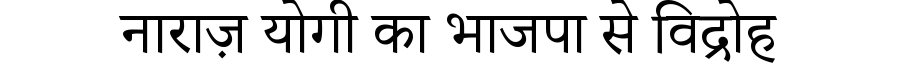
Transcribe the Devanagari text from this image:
नाराज़ योगी का भाजपा से विद्रोह